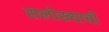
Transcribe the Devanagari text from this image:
सलोख्याची